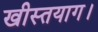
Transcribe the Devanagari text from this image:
खीस्तयाग।